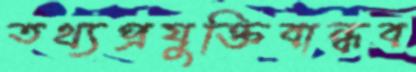
তথ্যপ্রযুক্তিবান্ধব